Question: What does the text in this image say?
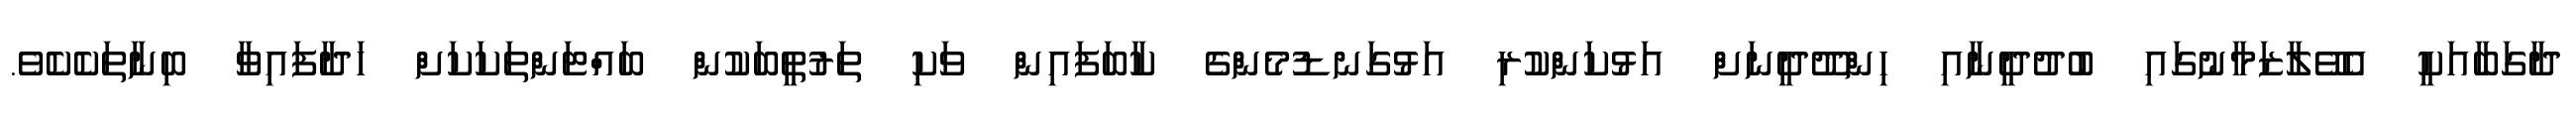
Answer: ދާގަބާއަކީ އެވޭލާޒަމާނުގައި ބުދުދީނާއި ހިންދޫދީނަށް އަޅުކަންކުރި އަޅުގަނޑުމެންގެ ކާބަފައިން ވަކި ތަރުތީބަކުން ބައްޓަންތަކަކަށް ހަދާފައިވާ ބިނާތަކެކެވެ.